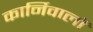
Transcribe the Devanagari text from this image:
कार्निवालों